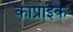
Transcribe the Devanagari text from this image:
काप्रोइक